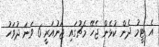
އެ ޓީމު ދެން ކުޅެން ޖެހޭ މެޗުގައި ޖަނުއަރީ 6 ވަނަ ދުވަހު